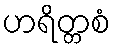
ဟရိတ္တစံ